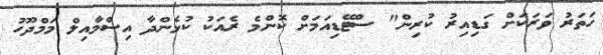
ހަތަރު ވަރަކަށް ގަޑިއިރު ކުރިން" ސްޓޭޑިއަމަށް ކޮންމެ ރެއަކު ކުޅެންދާ އިސްމާއިލް މަމްދޫހު